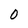
Character: 0